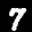
Label: 7